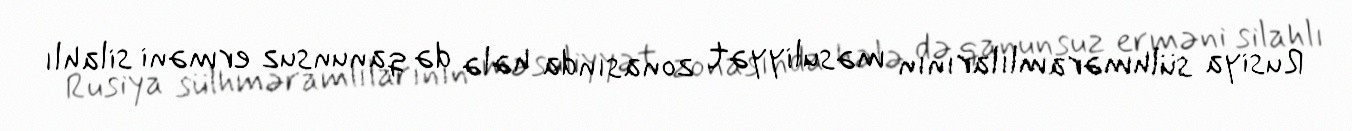
Rusiya sülhməramlılarının məsuliyyət zonasında hələ də qanunsuz erməni silahlı